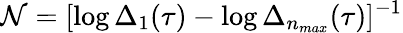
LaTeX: \mathcal{N}=[\log\Delta_{1}(\tau)-\log\Delta_{n_{max}}(\tau)]^{-1}